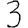
Digit: 3